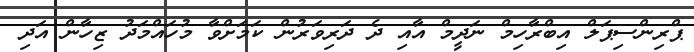
ޕްރިންސިޕަލް އިބްރާހިމް ނަދީމް އާއި ދެ ދަރިވަރުން ކަމަށްވާ މުހައްމަދު ޒިހާން އަދި